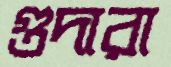
গুদারা